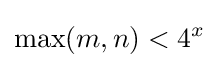
\max(m,n)<4^{x}